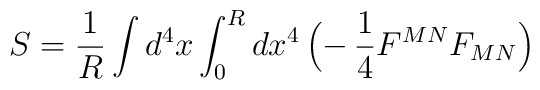
S=\frac{1}{R}\int d^4x\int_0^Rdx^4\,\Bigl(-\,\frac{1}{4}F^{MN}F_{MN}\Bigr)